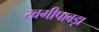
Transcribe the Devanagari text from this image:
खगीपावड़ा